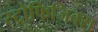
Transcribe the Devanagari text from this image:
स्ट्रोफिजिक्स